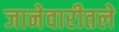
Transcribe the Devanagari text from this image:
जानेवारीतले